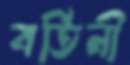
বর্তিনী